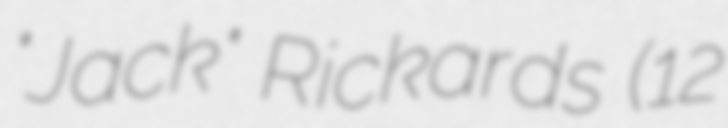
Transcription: "Jack" Rickards (12